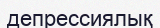
депрессиялық